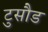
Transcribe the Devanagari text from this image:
टुसौड